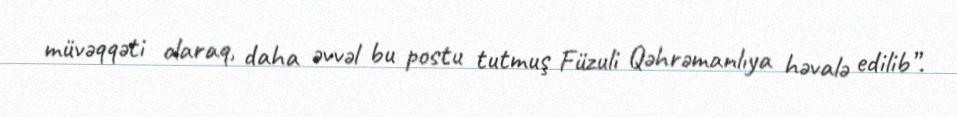
müvəqqəti olaraq, daha əvvəl bu postu tutmuş Füzuli Qəhrəmanlıya həvalə edilib”.